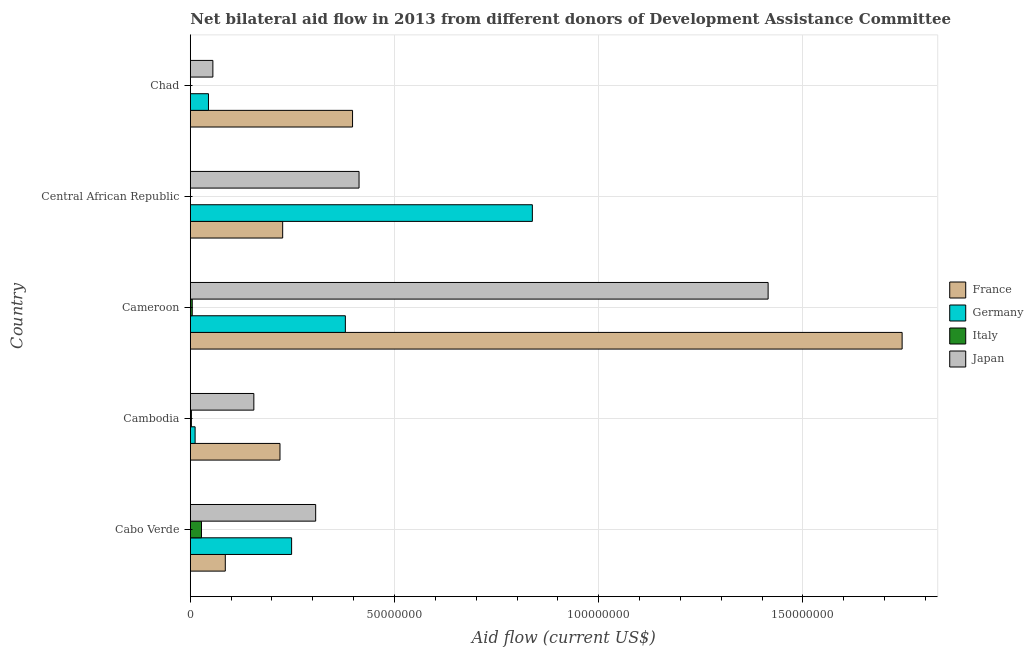
| Country | France | Germany | Italy | Japan |
 | --- | --- | --- | --- | --- |
 | Cabo Verde | 8.57e+06 | 2.48e+07 | 2.74e+06 | 3.07e+07 |
 | Cambodia | 2.2e+07 | 1.18e+06 | 2.7e+05 | 1.56e+07 |
 | Cameroon | 1.74e+08 | 3.8e+07 | 4.8e+05 | 1.41e+08 |
 | Central African Republic | 2.26e+07 | 8.38e+07 | -3.5e+05 | 4.13e+07 |
 | Chad | 3.97e+07 | 4.45e+06 | -1.55e+07 | 5.53e+06 |